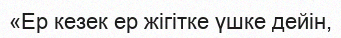
«Ер кезек ер жігітке үшке дейін,